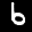
Label: 6